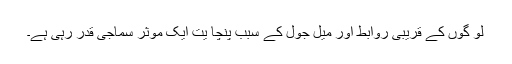
لو گوں کے قریبی روابط اور میل جول کے سبب پنچا یت ایک موثر سماجی قدر رہی ہے۔